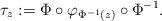
LaTeX: \begin{align*}\tau_z:=\Phi\circ \varphi_{\Phi^{-1}(z)}\circ\Phi^{-1}.\end{align*}